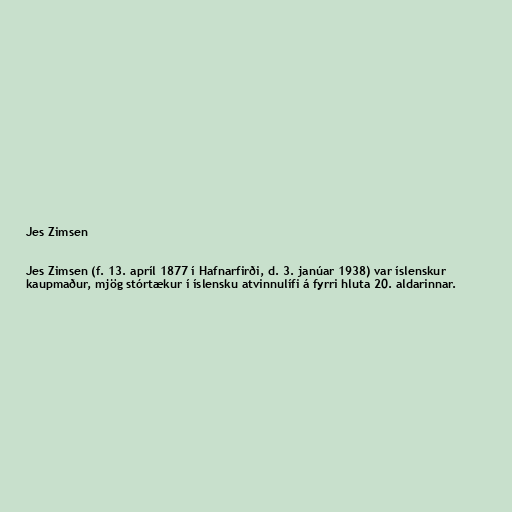
Jes Zimsen

Jes Zimsen (f. 13. apríl 1877 í Hafnarfirði, d. 3. janúar 1938) var íslenskur
kaupmaður, mjög stórtækur í íslensku atvinnulífi á fyrri hluta 20. aldarinnar.